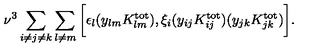
\nu ^ { 3 } \sum _ { i \ne j \ne k } \sum _ { l \ne m } \bigg [ \epsilon _ { l } ( y _ { l m } K _ { l m } ^ { \mathrm { t o t } } ) , \xi _ { i } ( y _ { i j } K _ { i j } ^ { \mathrm { t o t } } ) ( y _ { j k } K _ { j k } ^ { \mathrm { t o t } } ) \bigg ] .